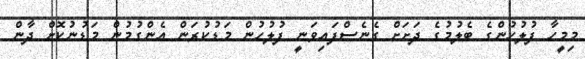
މިމީހާ ފުލުހުންގެ ބެލުމުގެ ދަށަށް ގެނެސްފައިވަނީ ފުލުހުން މަޑުކުރަން އެންގުމުން މަޑުނުކޮށް ދާން